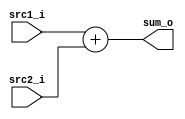
`timescale 1ns / 1ps
//--------------------------------------------------------------------------------
//Version:     1
//--------------------------------------------------------------------------------
//Writer:      Luke
//----------------------------------------------
//Date:        
//----------------------------------------------
//Description: 
//--------------------------------------------------------------------------------

module Adder(
    src1_i,
	src2_i,
	sum_o
	);
     
//I/O ports
input  [32-1:0]  src1_i;
input  [32-1:0]	 src2_i;
output [32-1:0]	 sum_o;

//Internal Signals
wire    [32-1:0]	 sum_o;

//Parameter
    
//Main function
assign sum_o = src1_i + src2_i;

endmodule